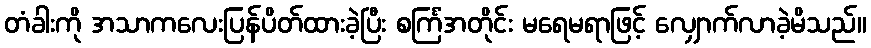
တံခါးကို အသာကလေးပြန်ပိတ်ထားခဲ့ပြီး စင်္ကြံအတိုင်း မရေမရာဖြင့် လျှောက်လာခဲ့မိသည်။